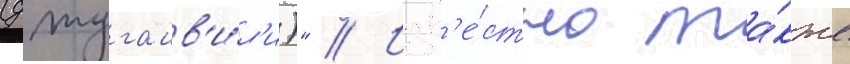
(джугашв'и́л'и)" // Изв'е́стно та́кже